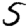
Digit: 5